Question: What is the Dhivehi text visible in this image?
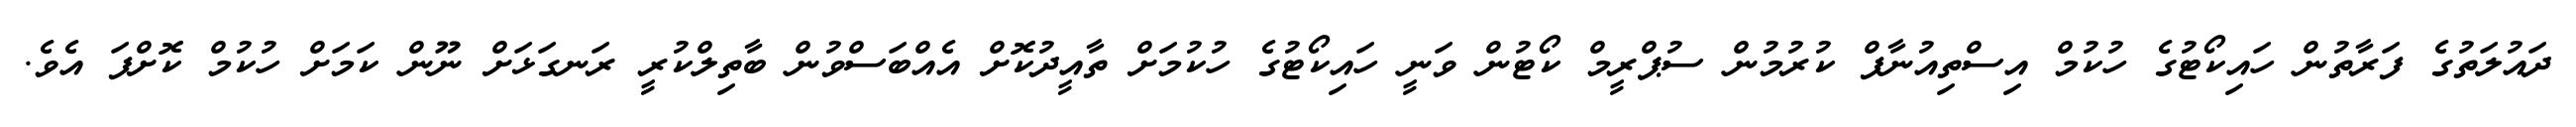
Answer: ދައުލަތުގެ ފަރާތުން ހައިކޯޓުގެ ހުކުމް އިސްތިއުނާފް ކުރުމުން ސުޕްރީމް ކޯޓުން ވަނީ ހައިކޯޓުގެ ހުކުމަށް ތާއީދުކޮށް އެއްބަސްވުން ބާތިލްކުރީ ރަނގަޅަށް ނޫން ކަމަށް ހުކުމް ކޮށްފަ އެވެ.